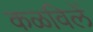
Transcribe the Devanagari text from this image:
कळविलें